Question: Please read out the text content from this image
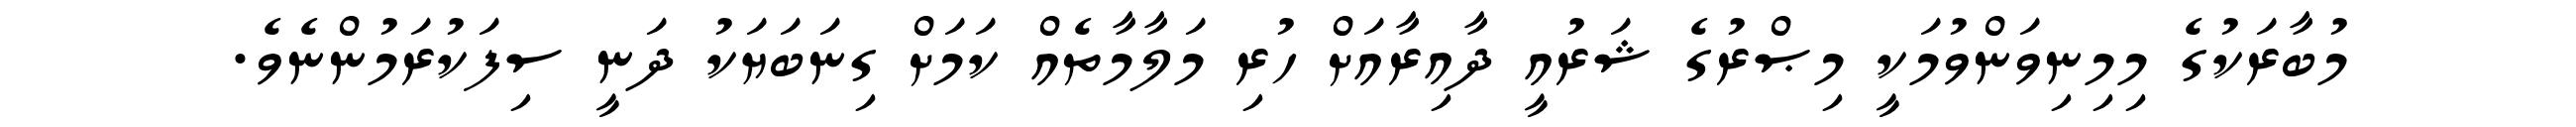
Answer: މުބާރަކުގެ މިމިނިވަންވުމަކީ މިޞްރުގެ ޝަރުއީ ދާއިރާއަށް ހުރި މަލާމާތެއް ކަމަށް ގިނަބަޔަކު ދަނީ ސިފަކުރަމުންނެވެ.